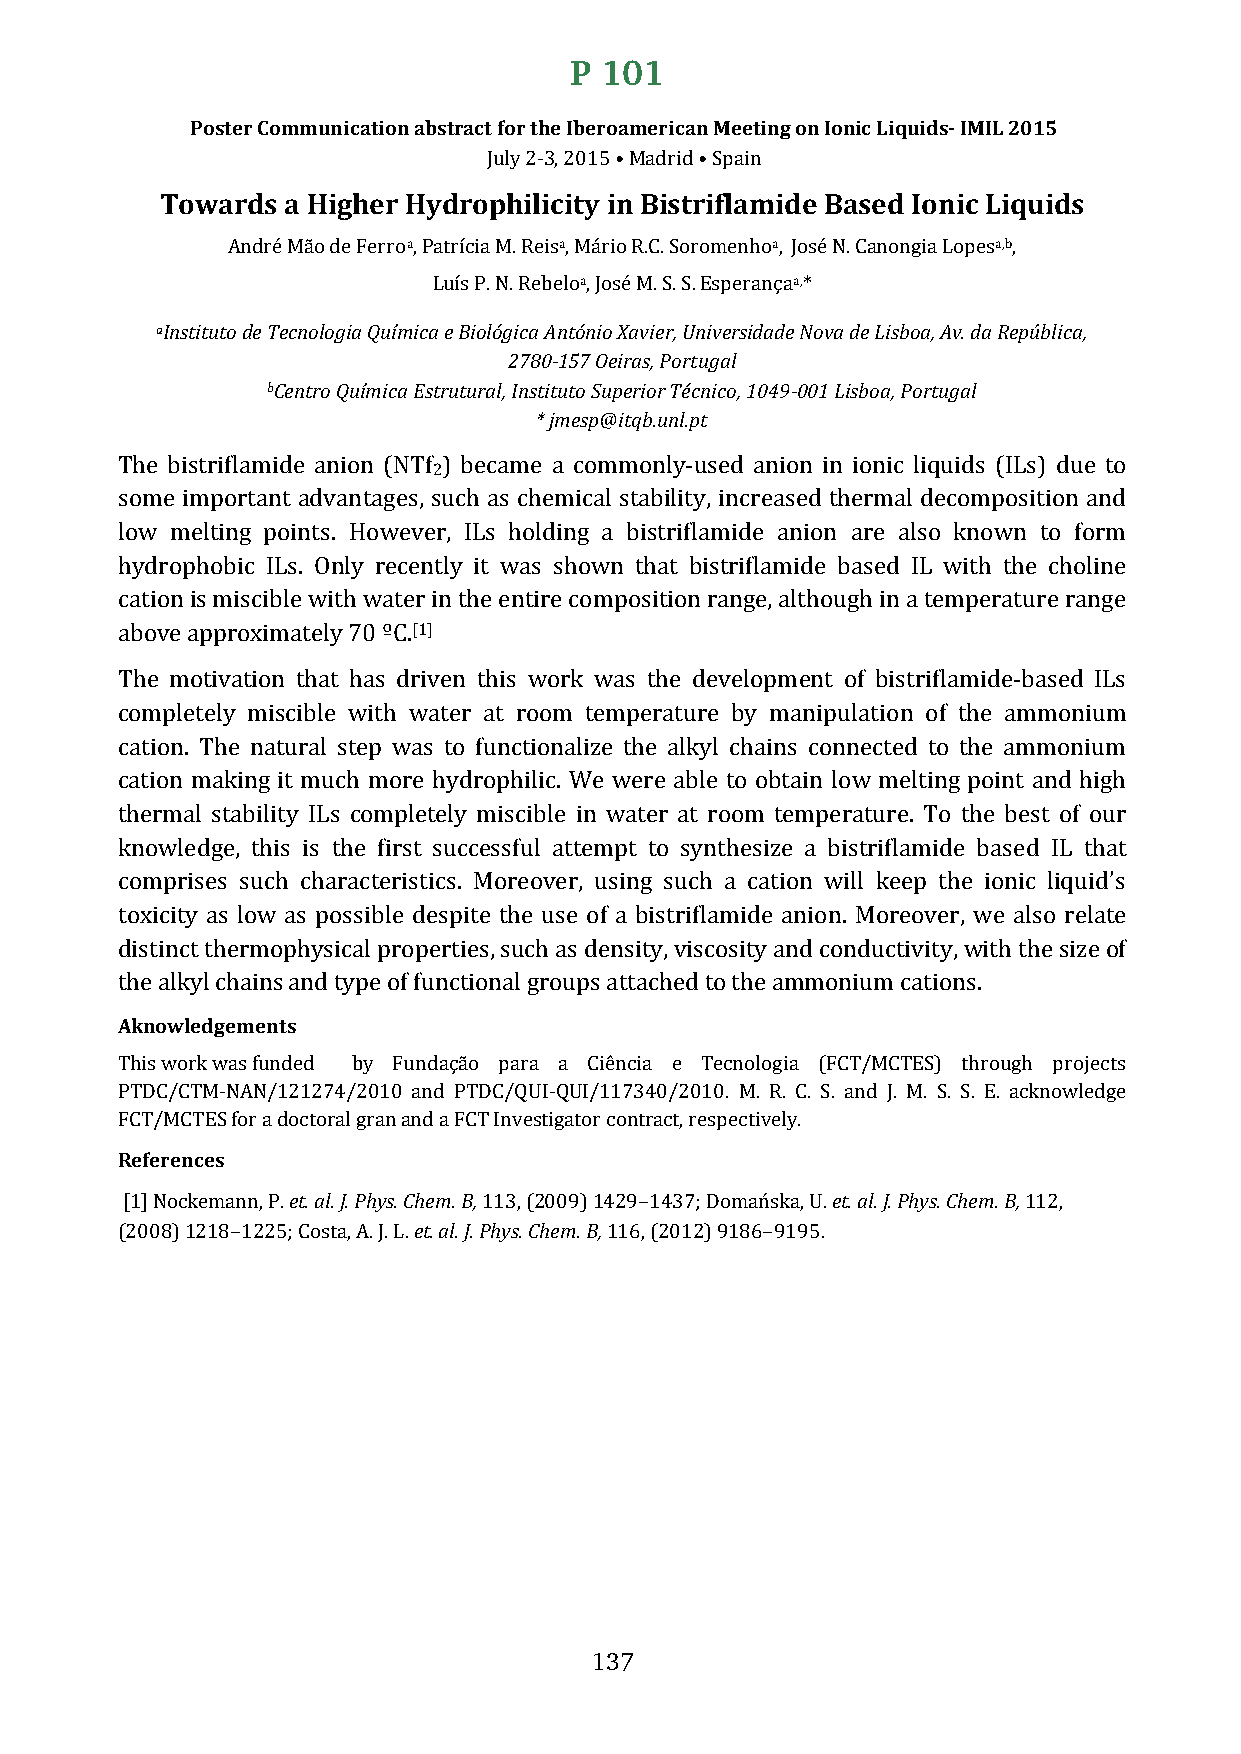
P 101
 Poster Communication abstract for the Iberoamerican Meeting on Ionic Liquids- IMIL 2015
 July 2-3, 2015 • Madrid • Spain
 Towards a Higher Hydrophilicity in Bistriflamide Based Ionic Liquids
 André Mão de Ferroa, Patrícia M. Reisa, Mário R.C. Soromenhoa, José N. Canongia Lopesa,b,
 Luís P. N. Rebeloa, José M. S. S. Esperançaa,*
 aInstituto de Tecnologia Química e Biológica António Xavier, Universidade Nova de Lisboa, Av. da República,
 2780-157 Oeiras, Portugal
 bCentro Química Estrutural, Instituto Superior Técnico, 1049-001 Lisboa, Portugal
 * jmesp@itqb.unl.pt
 The bistriflamide anion (NTf ) became a commonly-used anion in ionic liquids (ILs) due to
 2
 some important advantages, such as chemical stability, increased thermal decomposition and
 low melting points. However, ILs holding a bistriflamide anion are also known to form
 hydrophobic ILs. Only recently it was shown that bistriflamide based IL with the choline
 cation is miscible with water in the entire composition range, although in a temperature range
 above approximately 70 ºC.[1]
 The motivation that has driven this work was the development of bistriflamide-based ILs
 completely miscible with water at room temperature by manipulation of the ammonium
 cation. The natural step was to functionalize the alkyl chains connected to the ammonium
 cation making it much more hydrophilic. We were able to obtain low melting point and high
 thermal stability ILs completely miscible in water at room temperature. To the best of our
 knowledge, this is the first successful attempt to synthesize a bistriflamide based IL that
 comprises such characteristics. Moreover, using such a cation will keep the ionic liquid’s
 toxicity as low as possible despite the use of a bistriflamide anion. Moreover, we also relate
 distinct thermophysical properties, such as density, viscosity and conductivity, with the size of
 the alkyl chains and type of functional groups attached to the ammonium cations.
 Aknowledgements
 This work was funded by Fundação para a Ciência e Tecnologia (FCT/MCTES) through projects
 PTDC/CTM-NAN/121274/2010 and PTDC/QUI-QUI/117340/2010. M. R. C. S. and J. M. S. S. E. acknowledge
 FCT/MCTES for a doctoral gran and a FCT Investigator contract, respectively.
 References
 [1] Nockemann, P. et. al. J. Phys. Chem. B, 113, (2009) 1429−1437; Domańska, U. et. al. J. Phys. Chem. B, 112,
 (2008) 1218−1225; Costa, A. J. L. et. al. J. Phys. Chem. B, 116, (2012) 9186−9195.
 137